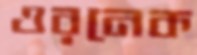
ওরনেক